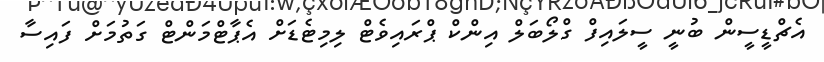
އެޗްޑީސީން ބުނީ ސީލައިފް ގްލޯބަލް އިންކް ޕްރައިވެޓް ލިމިޓެޑަށް އެޕާޓްމަންޓް ގަތުމަށް ފައިސާ